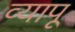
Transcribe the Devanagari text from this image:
व्यापू